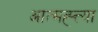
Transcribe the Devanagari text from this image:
आत्मह्त्त्या